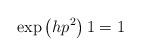
LaTeX: \begin{align*} \exp \left( hp^{2}\right) 1=1 \end{align*}